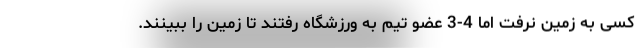
کسی به زمین نرفت اما 4-3 عضو تیم به ورزشگاه رفتند تا زمین را ببینند.